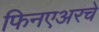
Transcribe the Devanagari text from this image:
फिनएअरचे